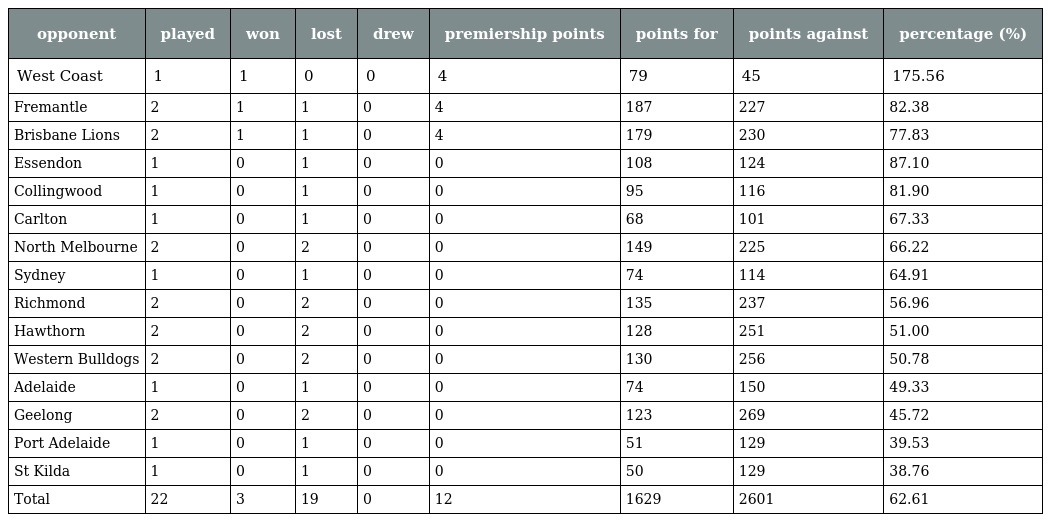
| opponent | played | won | lost | drew | premiership points | points for | points against | percentage (%) |
 | --- | --- | --- | --- | --- | --- | --- | --- | --- |
 | West Coast | 1 | 1 | 0 | 0 | 4 | 79 | 45 | 175.56 |
 | Fremantle | 2 | 1 | 1 | 0 | 4 | 187 | 227 | 82.38 |
 | Brisbane Lions | 2 | 1 | 1 | 0 | 4 | 179 | 230 | 77.83 |
 | Essendon | 1 | 0 | 1 | 0 | 0 | 108 | 124 | 87.10 |
 | Collingwood | 1 | 0 | 1 | 0 | 0 | 95 | 116 | 81.90 |
 | Carlton | 1 | 0 | 1 | 0 | 0 | 68 | 101 | 67.33 |
 | North Melbourne | 2 | 0 | 2 | 0 | 0 | 149 | 225 | 66.22 |
 | Sydney | 1 | 0 | 1 | 0 | 0 | 74 | 114 | 64.91 |
 | Richmond | 2 | 0 | 2 | 0 | 0 | 135 | 237 | 56.96 |
 | Hawthorn | 2 | 0 | 2 | 0 | 0 | 128 | 251 | 51.00 |
 | Western Bulldogs | 2 | 0 | 2 | 0 | 0 | 130 | 256 | 50.78 |
 | Adelaide | 1 | 0 | 1 | 0 | 0 | 74 | 150 | 49.33 |
 | Geelong | 2 | 0 | 2 | 0 | 0 | 123 | 269 | 45.72 |
 | Port Adelaide | 1 | 0 | 1 | 0 | 0 | 51 | 129 | 39.53 |
 | St Kilda | 1 | 0 | 1 | 0 | 0 | 50 | 129 | 38.76 |
 | Total | 22 | 3 | 19 | 0 | 12 | 1629 | 2601 | 62.61 |